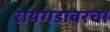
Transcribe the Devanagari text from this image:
रायगडावरचा